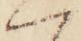
へ